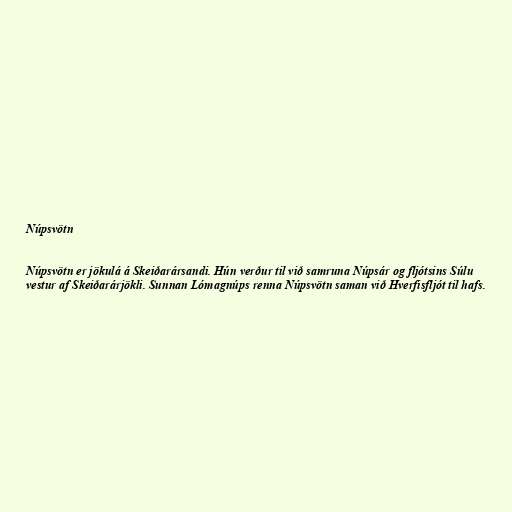
Núpsvötn

Núpsvötn er jökulá á Skeiðarársandi. Hún verður til við samruna Núpsár og fljótsins Súlu
vestur af Skeiðarárjökli. Sunnan Lómagnúps renna Núpsvötn saman við Hverfisfljót til hafs.